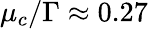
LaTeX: \mu_{c}/\Gamma\approx 0.27